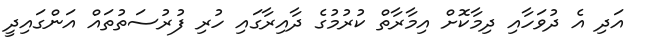
އަދި އެ ދުވަހާއި ދިމާކޮށް އިމާރާތް ކުރުމުގެ ދާއިރާގައި ހުރި ފުރުސަތުތައް އަންގައިދީ